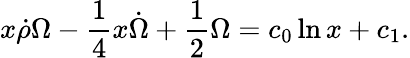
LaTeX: x\dot{\rho}\Omega-\frac{1}{4}x\dot{\Omega}+\frac{1}{2}\Omega=c_{0}\ln x+c_{1}.